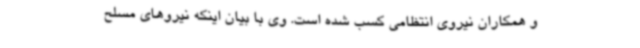
و همکاران نیروی انتظامی کسب شده است. وی با بیان اینکه نیروهای مسلح